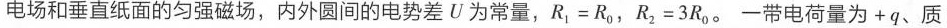
电场和垂直纸面的匀强磁场，内外圆间的电势差U为常量，$$R _ { 1 } = R _ { 0 }$$，$$R _ { 2 } = 3 R _ { 0 }$$.一带电荷量为+q、质